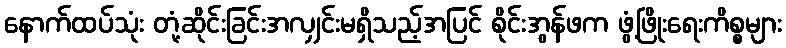
နောက်ထပ်သုံး တုံ့ဆိုင်းခြင်းအလျှင်းမရှိသည့်အပြင် စိုင်းအွန်ဖက ဖွံ့ဖြိုးရေးကိစ္စများ